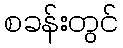
စခန်းတွင်